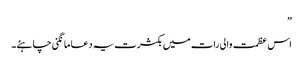
”
اس عظمت والی رات میں بکثرت یہ دعا مانگنی چاہئے۔